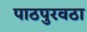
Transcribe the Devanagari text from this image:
पाठपुरवठा